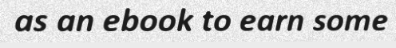
as an ebook to earn some